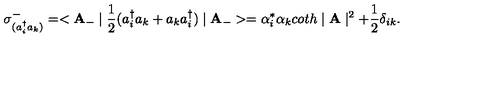
\sigma _ { ( a _ { i } ^ { \dag } a _ { k } ) } ^ { - } = < { \bf A } _ { - } \mid \frac { 1 } { 2 } ( a _ { i } ^ { \dag } a _ { k } + a _ { k } a _ { i } ^ { \dag } ) \mid { \bf A _ { - } } > = \alpha _ { i } ^ { * } \alpha _ { k } c o t h \mid { \bf A } \mid ^ { 2 } + \frac { 1 } { 2 } \delta _ { i k } . \nonumber \,